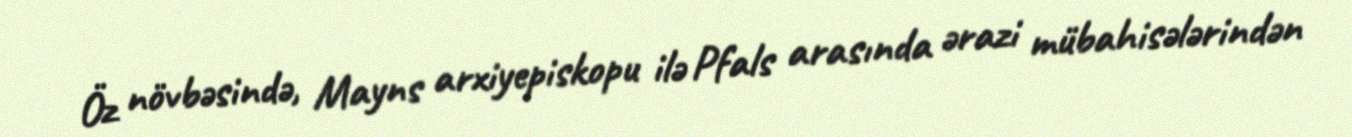
Öz növbəsində, Mayns arxiyepiskopu ilə Pfals arasında ərazi mübahisələrindən